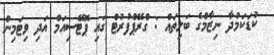
ކުޑަކަމުދާ ނިޒާމްގެ ބަލިތައް : ގްރޭޕްފުރުޓް ގައި ޕޮޓޭސިއަމް އަދި ވިޓަމިން